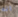
انه